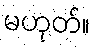
မဟုတ်။